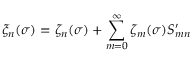
\xi _ { n } ( \sigma ) = \zeta _ { n } ( \sigma ) + \sum _ { m = 0 } ^ { \infty } \zeta _ { m } ( \sigma ) S _ { m n } ^ { \prime }